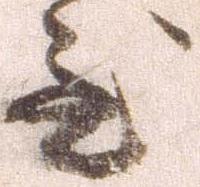
至